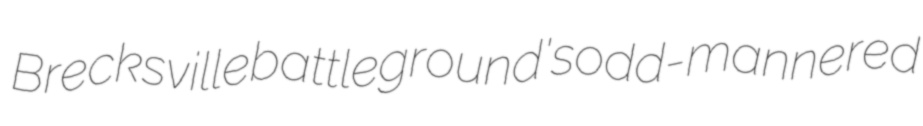
Brecksville battleground's odd-mannered